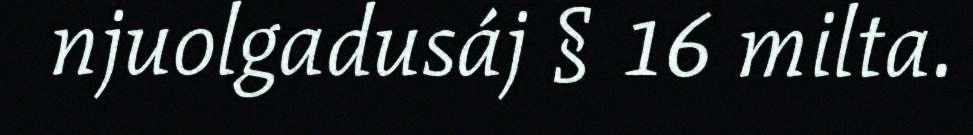
njuolgadusáj § 16 milta.